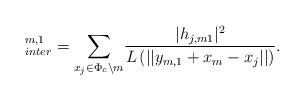
LaTeX: \begin{align*}^{m,1}_{inter}=\underset{x_j\in \Phi_c\backslash m}{\sum}\frac{ | h_{j,m1}|^2}{L\left(||y_{m,1}+x_m-x_j||\right)}.\end{align*}